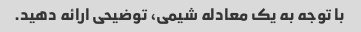
با توجه به یک معادله شیمی، توضیحی ارائه دهید.